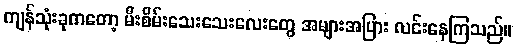
ကျန်သုံးခုကတော့ မီးစိမ်းသေးသေးလေးတွေ အများအပြား လင်းနေကြသည်။